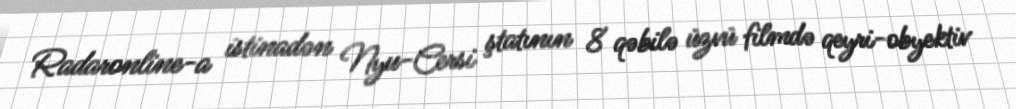
Radaronline-a istinadən Nyu-Cersi ştatının 8 qəbilə üzvü filmdə qeyri-obyektiv